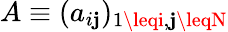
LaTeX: A\equiv(a_{i\mathbf{j}})_{1\leqi,\mathbf{j}\leqN}